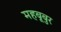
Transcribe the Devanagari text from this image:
महबूबुर